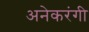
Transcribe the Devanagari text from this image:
अनेकरंगी